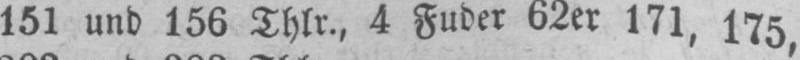
151 und 156 Thlr., 4 Fuder 62er 171, 175,